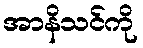
အာနိသင်ကို